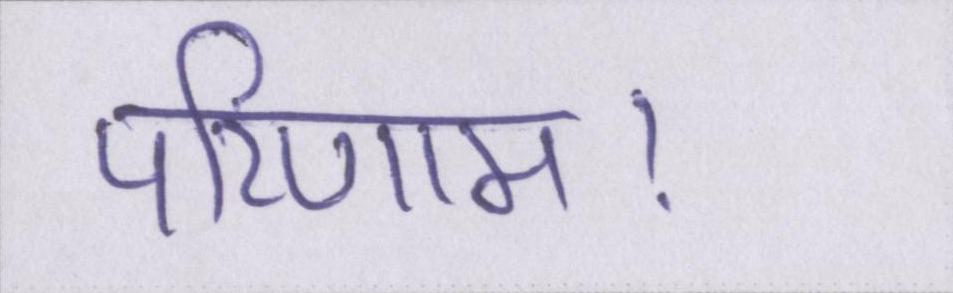
परिणाम।